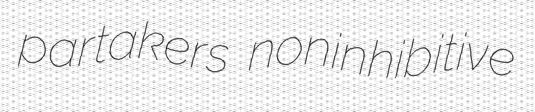
partakers noninhibitive